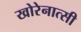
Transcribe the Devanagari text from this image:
खोरेनात्सी